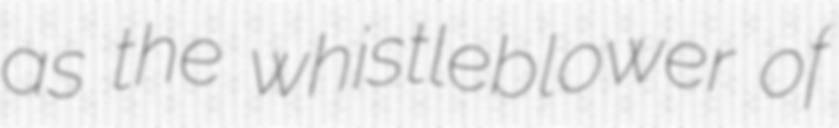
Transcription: as the whistleblower of